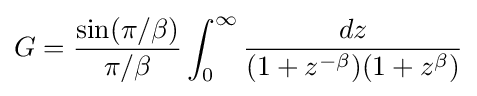
G={\sin(\pi /\beta ) \over {\pi /\beta }}\int _{0}^{\infty }{dz \over {(1+z^{-\beta })(1+z^{\beta })}}